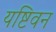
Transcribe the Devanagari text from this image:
यष्टिवन